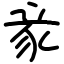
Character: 豙